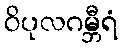
ဝိပုလဂမ္ဘီရံ